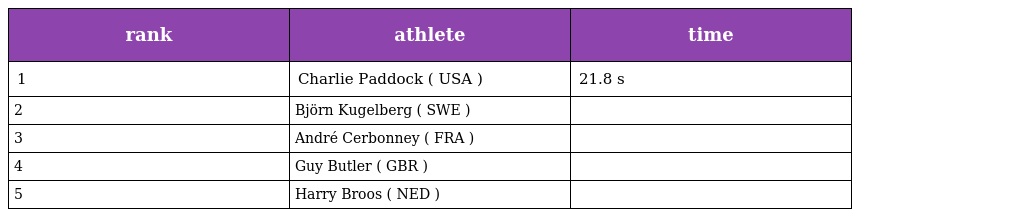
| rank | athlete | time |
 | --- | --- | --- |
 | 1 | Charlie Paddock ( USA ) | 21.8 s |
 | 2 | Björn Kugelberg ( SWE ) |  |
 | 3 | André Cerbonney ( FRA ) |  |
 | 4 | Guy Butler ( GBR ) |  |
 | 5 | Harry Broos ( NED ) |  |